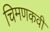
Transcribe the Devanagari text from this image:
चिमणकवी